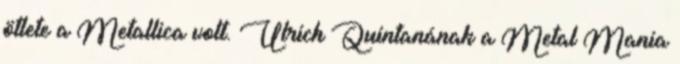
ötlete a Metallica volt. Ulrich Quintanának a Metal Mania